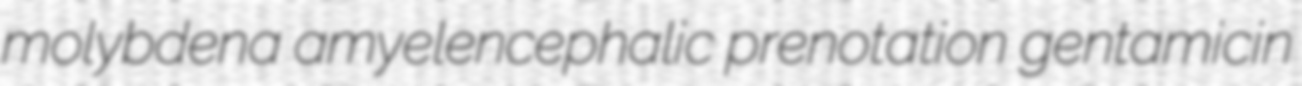
molybdena amyelencephalic prenotation gentamicin